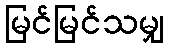
မြင်မြင်သမျှ